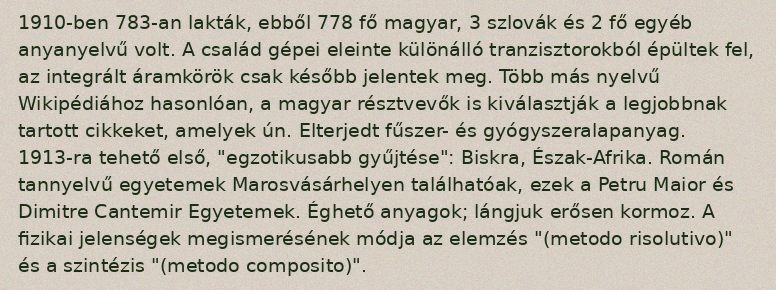
1910-ben 783-an lakták, ebből 778 fő magyar, 3 szlovák és 2 fő egyéb anyanyelvű volt. A család gépei eleinte különálló tranzisztorokból épültek fel, az integrált áramkörök csak később jelentek meg. Több más nyelvű Wikipédiához hasonlóan, a magyar résztvevők is kiválasztják a legjobbnak tartott cikkeket, amelyek ún. Elterjedt fűszer- és gyógyszeralapanyag. 1913-ra tehető első, "egzotikusabb gyűjtése": Biskra, Észak-Afrika. Román tannyelvű egyetemek Marosvásárhelyen találhatóak, ezek a Petru Maior és Dimitre Cantemir Egyetemek. Éghető anyagok; lángjuk erősen kormoz. A fizikai jelenségek megismerésének módja az elemzés "(metodo risolutivo)" és a szintézis "(metodo composito)".